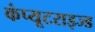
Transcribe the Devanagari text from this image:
कंप्यूटराइज्ड